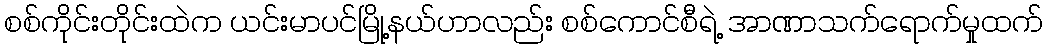
စစ်ကိုင်းတိုင်းထဲက ယင်းမာပင်မြို့နယ်ဟာလည်း စစ်ကောင်စီရဲ့ အာဏာသက်ရောက်မှုထက်